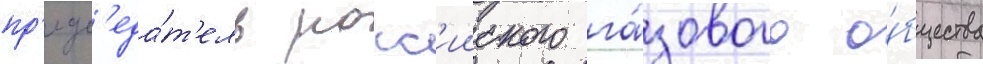
пр'едс'еда́т'ель росс'ииского га́зового о́бщества